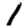
Digit: 1